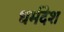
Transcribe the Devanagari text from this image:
धर्मदेश